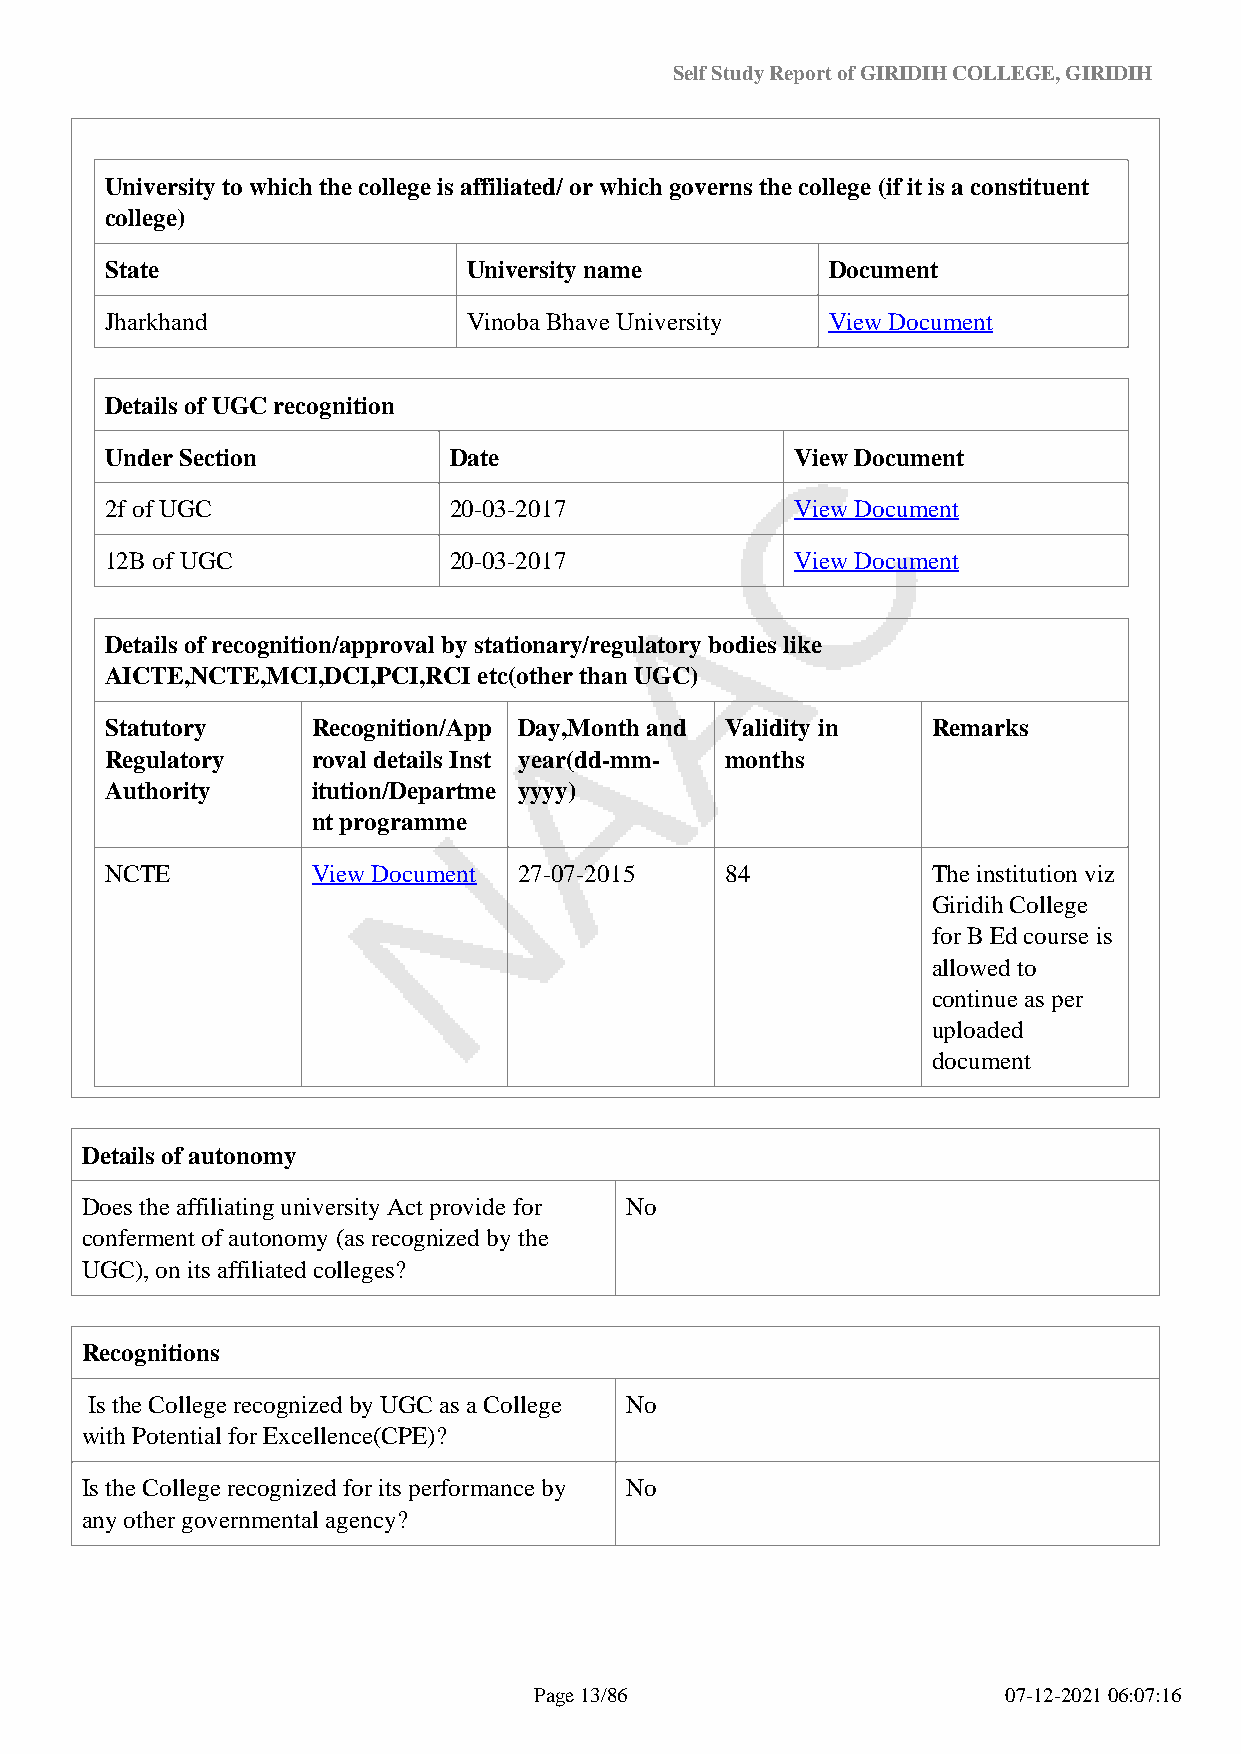
Self Study Report of GIRIDIH COLLEGE, GIRIDIH
 University to which the college is affiliated/ or which governs the college (if it is a constituent
 college)
 State                   University name         Document
 Jharkhand               Vinoba Bhave University View Document
 Details of UGC recognition
 Under Section          Date                   View Document
 2f of UGC              20-03-2017             View Document
 12B of UGC             20-03-2017             View Document
 Details of recognition/approval by stationary/regulatory bodies like
 AICTE,NCTE,MCI,DCI,PCI,RCI etc(other than UGC)
 Statutory     Recognition/App Day,Month and Validity in Remarks
 Regulatory    roval details Inst year(dd-mm- months
 Authority     itution/Departme yyyy)
 nt programme
 NCTE          View Document 27-07-2015   84            The institution viz
 Giridih College
 for B Ed course is
 allowed to
 continue as per
 uploaded
 document
 Details of autonomy
 Does the affiliating university Act provide for No
 conferment of autonomy (as recognized by the
 UGC), on its affiliated colleges?
 Recognitions
 Is the College recognized by UGC as a College No
 with Potential for Excellence(CPE)?
 Is the College recognized for its performance by No
 any other governmental agency?
 Page 13/86                      07-12-2021 06:07:16